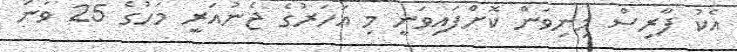
އެކު ފާރިސް މިނިވަން ކޮށްފައިވަނީ މި އަހަރުގެ ޖެނުއަރީ މަހުގެ 25 ވަނަ